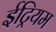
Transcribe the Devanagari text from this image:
ईट्रियम